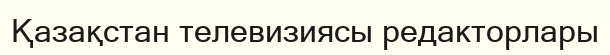
Қазақстан телевизиясы редакторлары